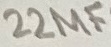
Text: 22µF